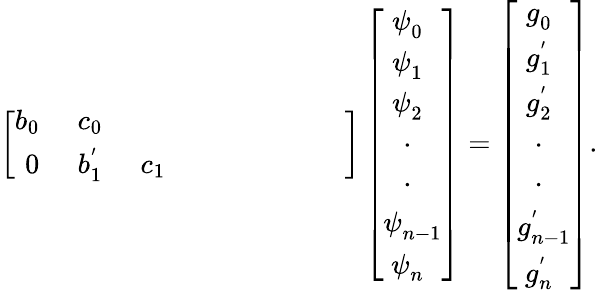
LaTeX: \left[\begin{array}{ccccccccc}{b_{0~~}}&{c_{0~~}}&{}&{}&{}&{}&{}&{}&{}\\ {0}&{b_{1~~}^{'}}&{c_{1~~}}&{}&{}&{}&{}&{}&{}\end{array}\right]\left[{\begin{array}{c}{\psi_{0~~}^{~}}\\ {\psi_{1~~}^{~}}\\ {\psi_{2~~}^{~}}\\ {~\cdot_{~~~}}\\ {~\cdot_{~~~}}\\ {\psi_{n-1}^{~}}\\ {\psi_{n~~}^{~}}\end{array}}\right]=\left[{\begin{array}{c}{g_{0~~}^{~}}\\ {g_{1~~}^{'}}\\ {g_{2~~}^{'}}\\ {~\cdot_{~~~}}\\ {~\cdot_{~~~}}\\ {g_{n-1}^{'}}\\ {g_{n~~}^{'}}\end{array}}\right].